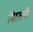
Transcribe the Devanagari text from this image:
मिस्लनी